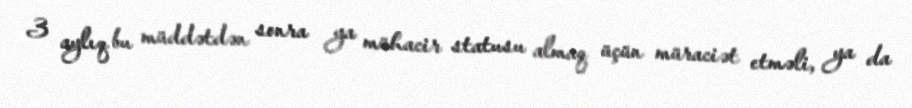
3 aylıq bu müddətdən sonra ya mühacir statusu almaq üçün müraciət etməli, ya da